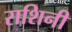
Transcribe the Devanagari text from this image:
राशिनी